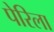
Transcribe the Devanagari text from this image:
पेरिला